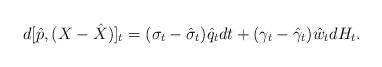
LaTeX: \begin{align*}d[\hat{p},(X-\hat{X})]_t=(\sigma_t - \hat{\sigma}_t) \hat{q}_tdt+ (\gamma_{t} - \hat{\gamma}_{t}) \hat{w}_tdH_t.\end{align*}